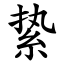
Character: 絷